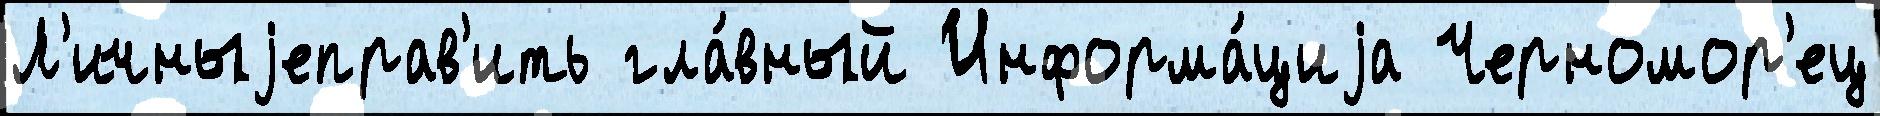
Л'ичныjеправ'ить гла́вный Информа́циjа Черномор'ец